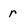
Character: r